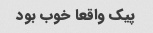
پیک واقعا خوب بود